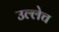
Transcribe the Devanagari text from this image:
उल्लेच